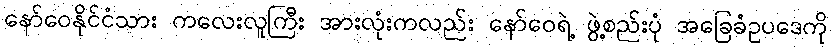
နော်ဝေနိုင်ငံသား ကလေးလူကြီး အားလုံးကလည်း နော်ဝေရဲ့ ဖွဲ့စည်းပုံ အခြေခံဥပဒေကို